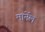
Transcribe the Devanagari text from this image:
मार्नेल